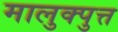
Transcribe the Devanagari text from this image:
मालुक्पुत्त